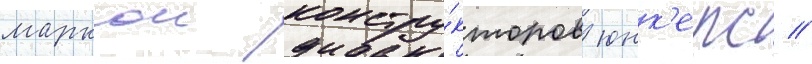
маркои констру́кторов юнк'ерс //